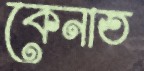
কেনাত